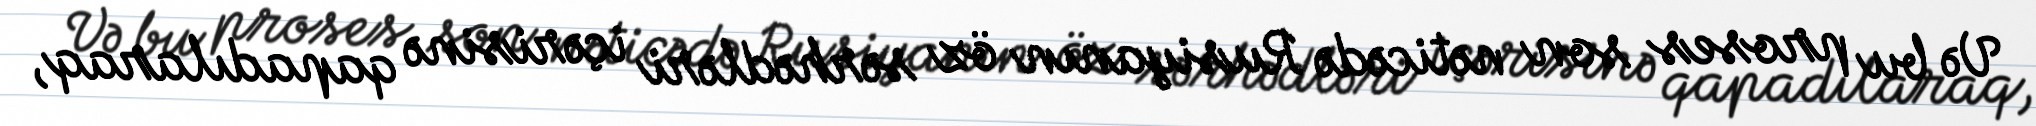
Və bu proses son nəticədə Rusiyanın öz sərhədləri içərisinə qapadılaraq,